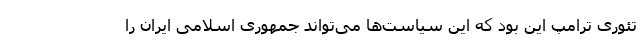
تئوری ترامپ این بود که این سیاست‌ها می‌تواند جمهوری اسلامی ایران را